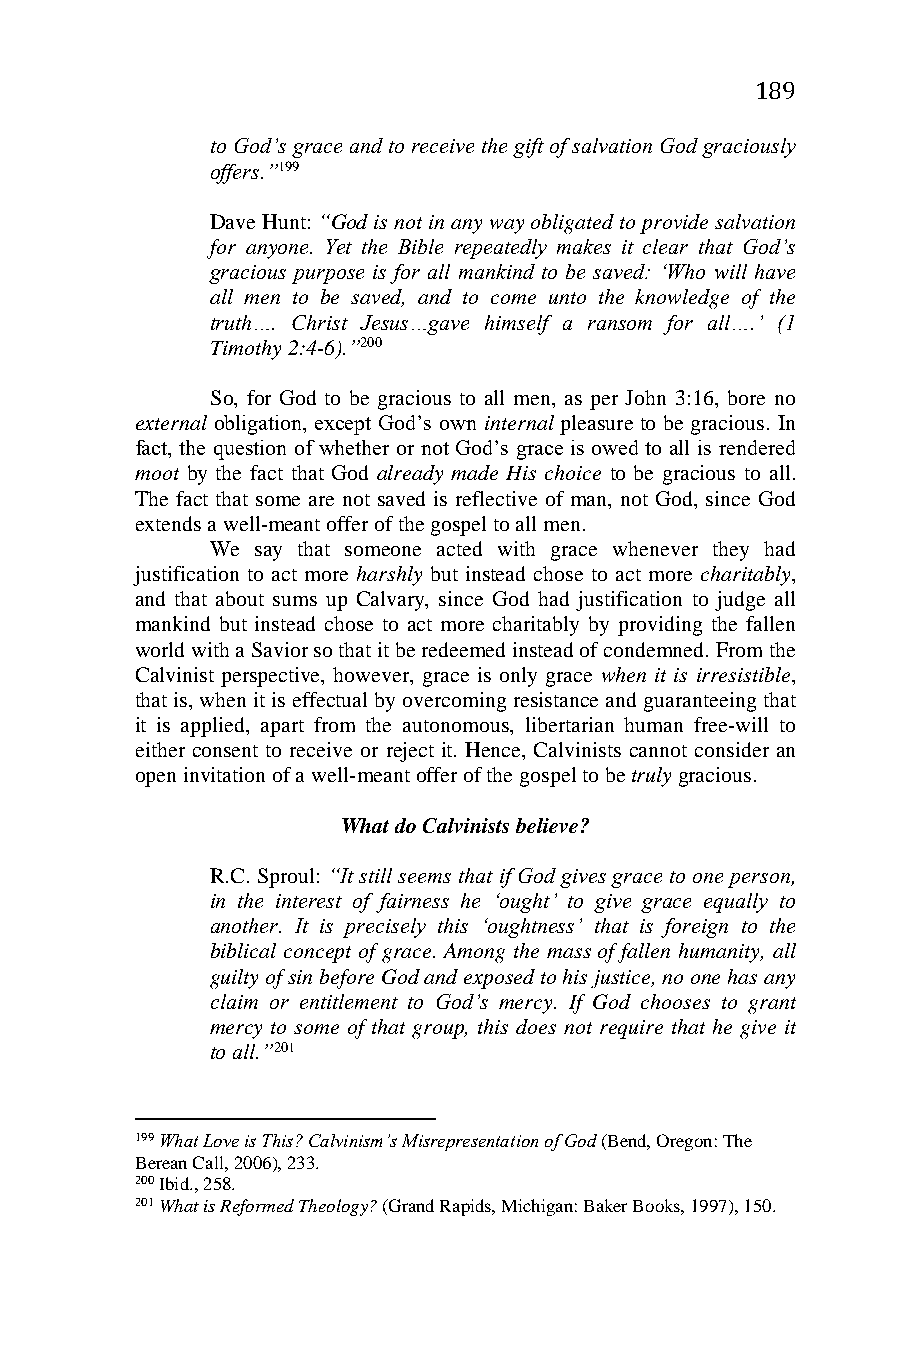
189
 to God’s grace and to receive the gift of salvation God graciously
 offers.”199
 Dave Hunt: “God is not in any way obligated to provide salvation
 for anyone. Yet the Bible repeatedly makes it clear that God’s
 gracious purpose is for all mankind to be saved: ‘Who will have
 all men to be saved, and to come unto the knowledge of the
 truth…. Christ Jesus…gave himself a ransom for all….’ (1
 Timothy 2:4-6).”200
 So, for God to be gracious to all men, as per John 3:16, bore no
 external obligation, except God’s own internal pleasure to be gracious. In
 fact, the question of whether or not God’s grace is owed to all is rendered
 moot by the fact that God already made His choice to be gracious to all.
 The fact that some are not saved is reflective of man, not God, since God
 extends a well-meant offer of the gospel to all men.
 We say that someone acted with grace whenever they had
 justification to act more harshly but instead chose to act more charitably,
 and that about sums up Calvary, since God had justification to judge all
 mankind but instead chose to act more charitably by providing the fallen
 world with a Savior so that it be redeemed instead of condemned. From the
 Calvinist perspective, however, grace is only grace when it is irresistible,
 that is, when it is effectual by overcoming resistance and guaranteeing that
 it is applied, apart from the autonomous, libertarian human free-will to
 either consent to receive or reject it. Hence, Calvinists cannot consider an
 open invitation of a well-meant offer of the gospel to be truly gracious.
 What do Calvinists believe?
 R.C. Sproul: “It still seems that if God gives grace to one person,
 in the interest of fairness he ‘ought’ to give grace equally to
 another. It is precisely this ‘oughtness’ that is foreign to the
 biblical concept of grace. Among the mass of fallen humanity, all
 guilty of sin before God and exposed to his justice, no one has any
 claim or entitlement to God’s mercy. If God chooses to grant
 mercy to some of that group, this does not require that he give it
 to all.”201
 199 What Love is This? Calvinism’s Misrepresentation of God (Bend, Oregon: The
 Berean Call, 2006), 233.
 200 Ibid., 258.
 201 What is Reformed Theology? (Grand Rapids, Michigan: Baker Books, 1997), 150.